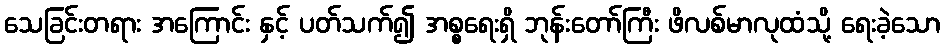
သေခြင်းတရား အကြောင်း နှင့် ပတ်သက်၍ အစ္စရေးရှိ ဘုန်းတော်ကြီး ဖိလစ်မာလုထံသို့ ရေးခဲ့သော